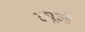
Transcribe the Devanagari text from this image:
ट्यूज्डे